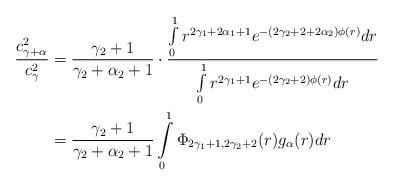
LaTeX: \begin{align*} \frac{c_{\gamma+\alpha}^2}{c_{\gamma}^2}&=\frac{\gamma_2+1}{\gamma_2+\alpha_2+1}\cdot\frac{\int\limits_{0}^{1}r^{2\gamma_1+2\alpha_1+1} e^{-(2\gamma_2+2+2\alpha_2)\phi(r)}dr}{\int\limits_{0}^{1}r^{2\gamma_1+1}e^{-(2\gamma_2+2)\phi(r)}dr}\\&=\frac{\gamma_2+1}{\gamma_2+\alpha_2+1}\int\limits_{0}^{1}\Phi_{2\gamma_1+1,2\gamma_2+2}(r)g_{\alpha}(r)dr\end{align*}